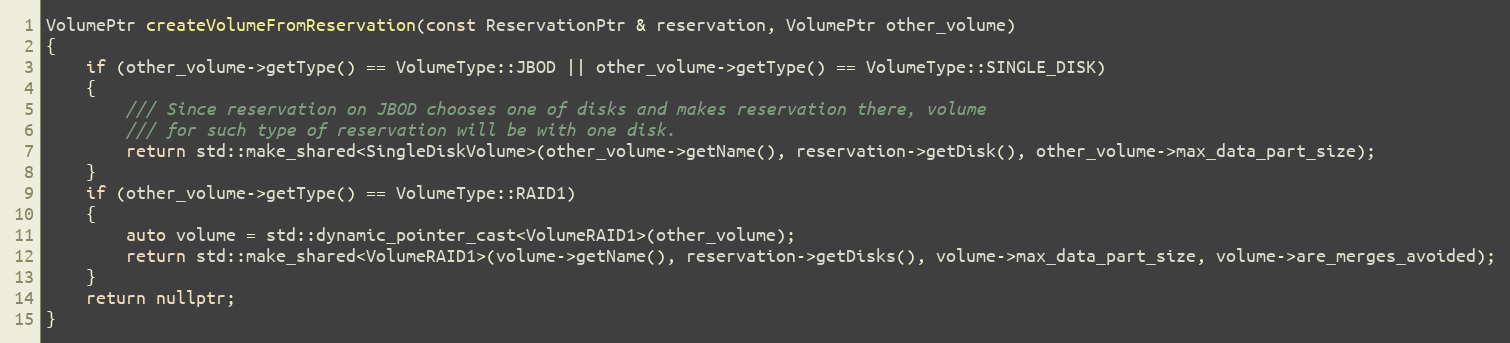
Language: C++
VolumePtr createVolumeFromReservation(const ReservationPtr & reservation, VolumePtr other_volume)
{
    if (other_volume->getType() == VolumeType::JBOD || other_volume->getType() == VolumeType::SINGLE_DISK)
    {
        /// Since reservation on JBOD chooses one of disks and makes reservation there, volume
        /// for such type of reservation will be with one disk.
        return std::make_shared<SingleDiskVolume>(other_volume->getName(), reservation->getDisk(), other_volume->max_data_part_size);
    }
    if (other_volume->getType() == VolumeType::RAID1)
    {
        auto volume = std::dynamic_pointer_cast<VolumeRAID1>(other_volume);
        return std::make_shared<VolumeRAID1>(volume->getName(), reservation->getDisks(), volume->max_data_part_size, volume->are_merges_avoided);
    }
    return nullptr;
}